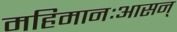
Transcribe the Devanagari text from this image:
महिमानःआसन्